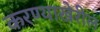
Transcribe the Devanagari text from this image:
करण्याखेरील